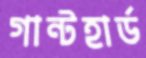
গান্টহার্ড